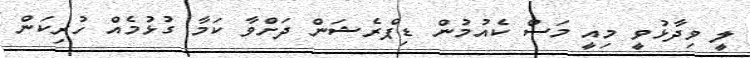
ލީ ވިދާޅުވީ މިއީ މަސް ކެއުމުން ޑިޕްރެޝަން ދަށްވާ ކަމާ ގުޅުމެއް ހުރިކަން